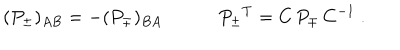
( P _ { \pm } ) _ { A B } = - ( P _ { \mp } ) _ { B A } \qquad \quad P _ { \pm } { } ^ { T } = C \, P _ { \mp } \, C ^ { - 1 } \ .